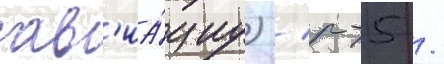
ав'иа́циу) / р-5 /